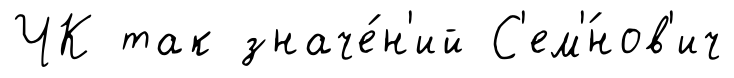
ЧК так значе́н'ий С'ем'́нов'ич